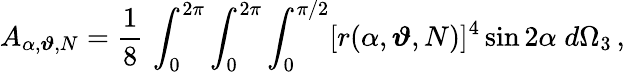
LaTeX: A_{\alpha,\boldsymbol{\vartheta},N}=\frac{1}{8}\, \int_{0}^{2\pi}\int_{0}^{2\pi}\int_{0}^{\pi/2}[r(\alpha,\boldsymbol{\vartheta},N)]^{4}\sin 2\alpha\; d\Omega_{3}\, ,